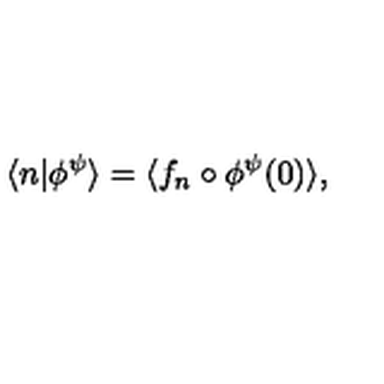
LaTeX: \langle n | \phi ^ { \psi } \rangle = \langle f _ { n } \circ \phi ^ { \psi } ( 0 ) \rangle ,